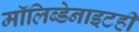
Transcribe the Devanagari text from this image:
मॉलिब्डेनाइटही